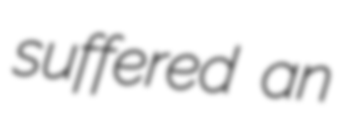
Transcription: suffered an